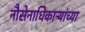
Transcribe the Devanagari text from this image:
नौसेनाधिकाऱ्यांच्या